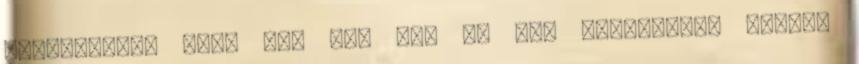
garantálom, hogy nem fog még jó pár kimaradni. Furcsa